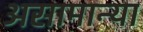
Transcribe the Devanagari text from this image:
असामान्या